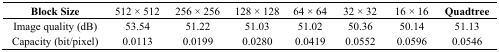
<table><thead><tr><td><b>Block Size</b></td><td><b>512 × 512</b></td><td><b>256 × 256</b></td><td><b>128 × 128</b></td><td><b>64 × 64</b></td><td><b>32 × 32</b></td><td><b>16 × 16</b></td><td><b>Quadtree</b></td></tr></thead><tbody><tr><td>Image quality (dB)</td><td>53.54</td><td>51.22</td><td>51.03</td><td>51.02</td><td>50.36</td><td>50.14</td><td>51.13</td></tr><tr><td>Capacity (bit/pixel)</td><td>0.0113</td><td>0.0199</td><td>0.0280</td><td>0.0419</td><td>0.0552</td><td>0.0596</td><td>0.0546</td></tr></tbody></table>